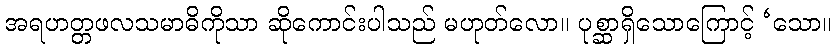
အရဟတ္တဖလသမာဓိကိုသာ ဆိုကောင်းပါသည် မဟုတ်လော။ ပုစ္ဆာရှိသောကြောင့် ‘သော။